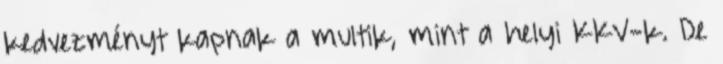
kedvezményt kapnak a multik, mint a helyi KKV-k. De